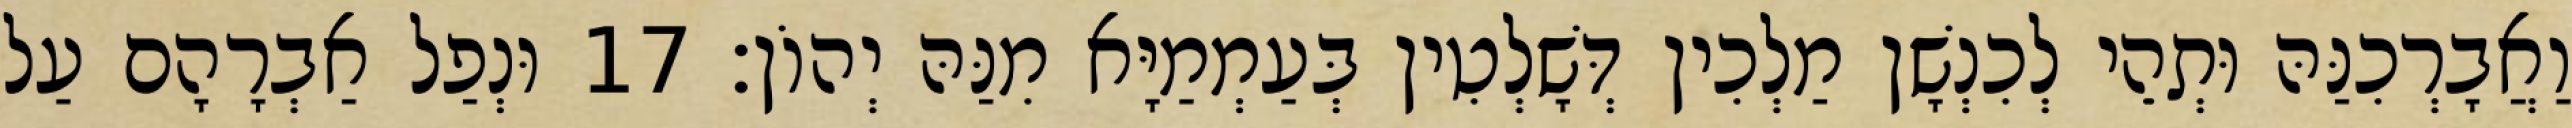
וַאֲבָרְכִנַּהּ וּתְהֵי לְכִנְשָׁן מַלְכִין דְּשָׁלְטִין בְּעַמְמַיָּא מִנַּהּ יְהוֹן׃ 17 וּנְפַל אַבְרָהָם עַל